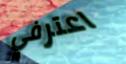
اعترفي